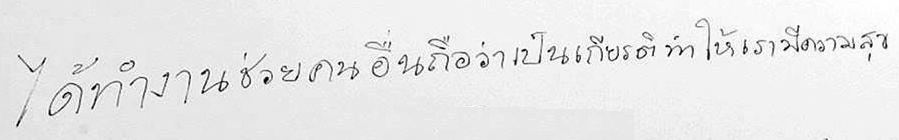
ได้ทำงานช่วยคนอื่นถือว่าเป็นเกียรติทำให้เรามีความสุข